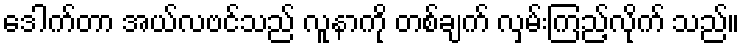
ဒေါက်တာ အယ်လဗင်သည် လူနာကို တစ်ချက် လှမ်းကြည့်လိုက် သည်။